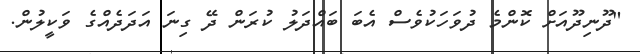
"ދޫނިދޫއަށް ކޮންމެ ދުވަހަކުވެސް އެބަ ބައްދަލު ކުރަން ދޭ ގިނަ އަދަދެއްގެ ވަކީލުން.